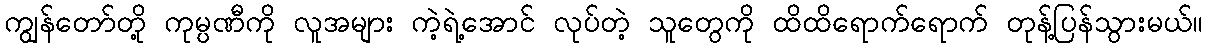
ကျွန်တော်တို့ ကုမ္ပဏီကို လူအများ ကဲ့ရဲ့အောင် လုပ်တဲ့ သူတွေကို ထိထိရောက်ရောက် တုန့်ပြန်သွားမယ်။